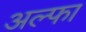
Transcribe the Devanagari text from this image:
अल्‍फा